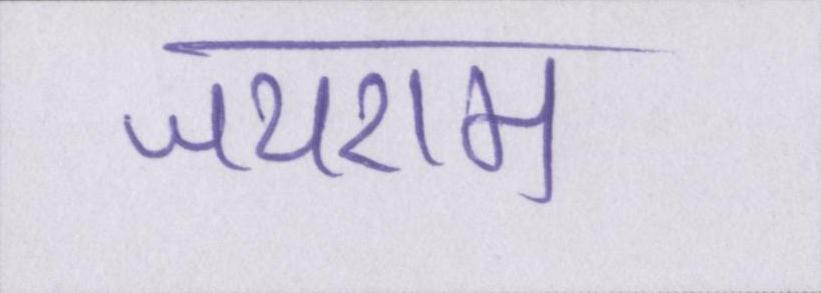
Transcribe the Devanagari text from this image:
जयराम